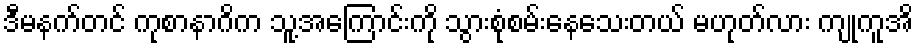
ဒီမနက်တင် ကုစာနာဂိက သူ့အကြောင်းကို သွားစုံစမ်းနေသေးတယ် မဟုတ်လား ကျုကူအိ